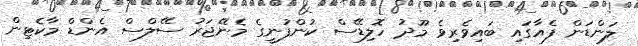
ލަންޑަން ފެއާގައި ބައިވެރިވެ މޫދު ހޮލިޑޭސް ކުންފުނީގެ މެނޭޖަރު ސޭލްސް އެންޑް މާކެޓިން